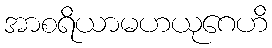
အာစရိယာမဟယုဂေဟိ